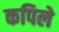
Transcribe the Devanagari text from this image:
कपिले